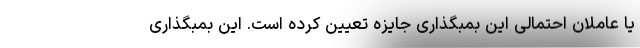
یا عاملان احتمالی این بمبگذاری جایزه تعیین کرده است. این بمبگذاری